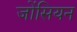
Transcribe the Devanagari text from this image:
जोंसियन